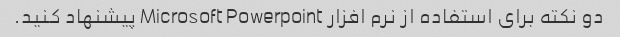
دو نکته برای استفاده از نرم افزار Microsoft Powerpoint پیشنهاد کنید.